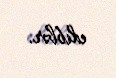
ediblər.